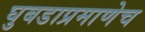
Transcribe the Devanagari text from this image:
घुबडाप्रमाणेच